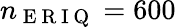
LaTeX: n_{\mathrm{~E~R~I~Q~}}=600